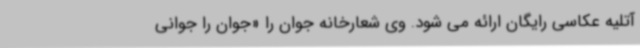
آتلیه عکاسی رایگان ارائه می شود. وی شعارخانه جوان را «جوان را جوانی